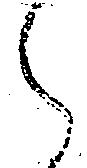
々